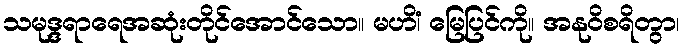
သမုဒ္ဒရာရေအဆုံးတိုင်အောင်သော။ မဟိံ၊ မြေပြင်ကို။ အနုဝိစရိတွာ၊